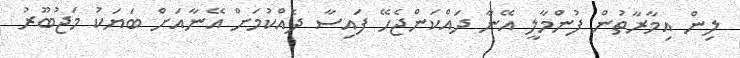
ލިން އިމާރާތުން ފުންމާލީ އޭނާ ދައްކަންޖެހޭ ފައިސާ ދެއްކުމަށް އޭނާއަށް ބަޔަކު މަޖުބޫރު